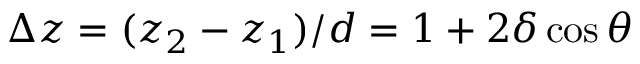
\Delta z = ( z _ { 2 } - z _ { 1 } ) / d = 1 + 2 \delta \cos { \theta }